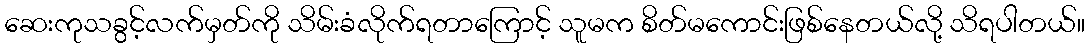
ဆေးကုသခွင့်လက်မှတ်ကို သိမ်းခံလိုက်ရတာကြောင့် သူမက စိတ်မကောင်းဖြစ်နေတယ်လို့ သိရပါတယ်။